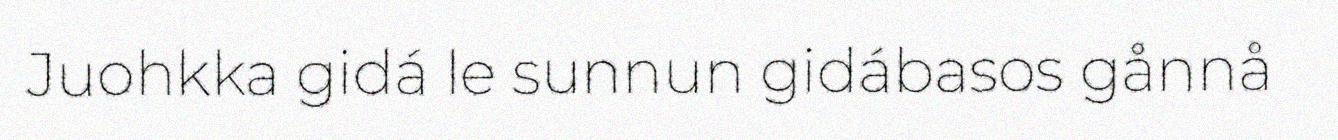
Juohkka gidá le sunnun gidábasos gånnå